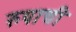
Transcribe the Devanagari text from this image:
रुपाची